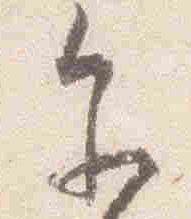
参